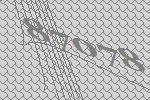
87078